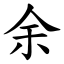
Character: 余